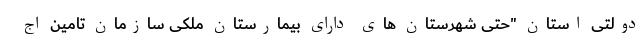
دولتی استان "حتی شهرستان های دارای بیمارستان ملکی سازمان تامین اج